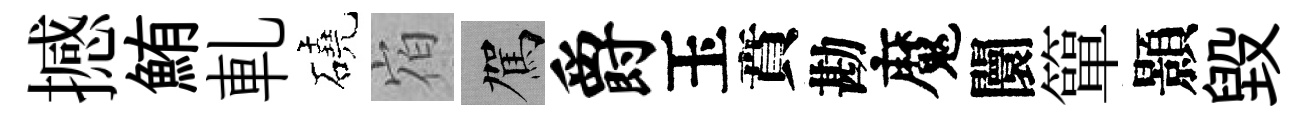
撼鮪軋磽𪧐駕爵玉賁勘魔闤簞顥毁